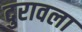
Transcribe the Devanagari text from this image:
दुरावला